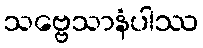
သဗ္ဗေသာနံပါဿ